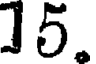
15.